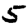
Digit: 5